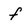
Character: f